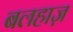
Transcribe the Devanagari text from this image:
बलहाज़